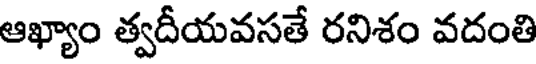
ఆఖ్యాం త్వదీయవసతే రనిశం వదంతి